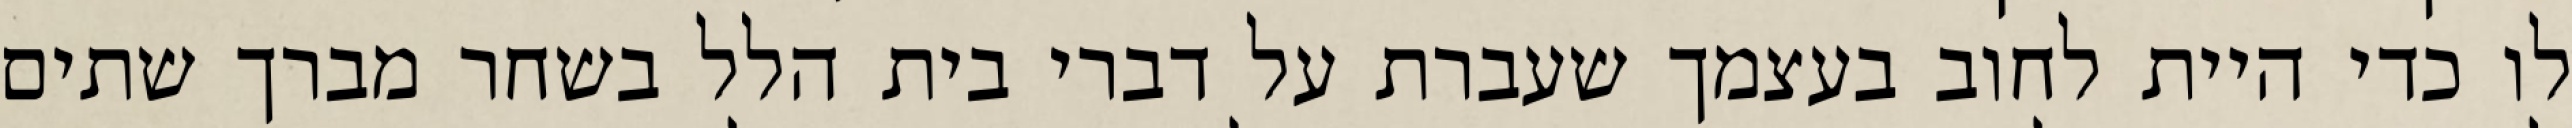
לו כדי היית לחוב בעצמך שעברת על דברי בית הלל בשחר מברך שתים